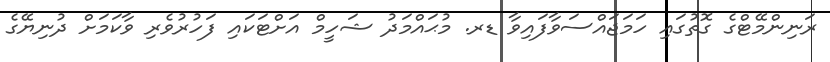
ރަނިންމޭޓްގެ ގޮތުގައި ހަމަޖައްސަވާފައިވާ ޑރ. މުޙައްމަދު ޝަހީމް އަށްޓަކައި ފަހުރުވެރި ވާކަމަށް ދުނިޔޭގެ